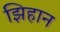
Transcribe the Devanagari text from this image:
झिहान